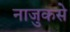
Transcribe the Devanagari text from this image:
नाजुकसे